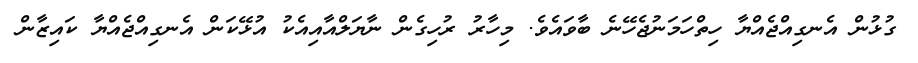
ގުޅުން އެނގިއްޖެއްޔާ ހިތްހަމަނުޖެހޭނެ ބާވައެވެ. މިހާރު ރުހިގެން ނާޔަލްއާއިއެކު އުޅޭކަން އެނގިއްޖެއްޔާ ކައިޒާން